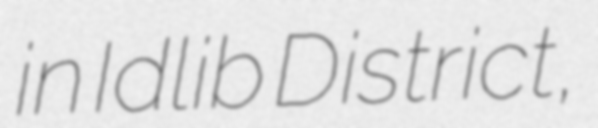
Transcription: in Idlib District,